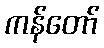
ကန်တော်